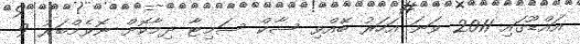
އައްޑޫގައި 2011 ވަނަ އަހަރު ބޭއްވި ސާކް ސަމިޓާ ދިމާކޮށް ނޮވެމްބަރު 9